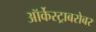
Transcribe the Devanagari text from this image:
ऑर्केस्ट्राबरोबर